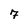
Character: 7